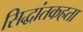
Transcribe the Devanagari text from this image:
सिद्धांतकहता